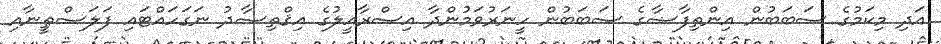
އަދި މިކަމުގެ ސަބަބުން އިންތިފާޟާގެ ސަބަބުން ހީނަރުވަމުންދާ އިސްރާއީލުގެ އިޤްތިޞާދު ނަގަހައްޓައި ފަލަސްޠީނާއި